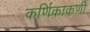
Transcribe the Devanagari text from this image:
कर्णिकाकर्णी